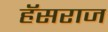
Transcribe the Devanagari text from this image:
हॅसराज